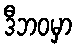
ဒီဘဝမှာ